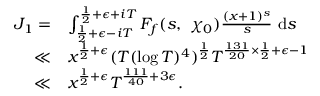
\begin{array} { r l } { J _ { 1 } = } & { \int _ { \frac { 1 } { 2 } + \epsilon - i T } ^ { \frac { 1 } { 2 } + \epsilon + i T } F _ { f } ( s , \ \chi _ { 0 } ) \frac { ( x + 1 ) ^ { s } } { s } \ \mathrm { d } s } \\ { \ll } & { x ^ { \frac { 1 } { 2 } + \epsilon } ( T ( \log T ) ^ { 4 } ) ^ { \frac { 1 } { 2 } } T ^ { \frac { 1 3 1 } { 2 0 } \times \frac { 1 } { 2 } + \epsilon - 1 } } \\ { \ll } & { x ^ { \frac { 1 } { 2 } + \epsilon } T ^ { \frac { 1 1 1 } { 4 0 } + 3 \epsilon } . } \end{array}